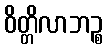
ဝိတ္တိလာဘဉ္စ